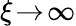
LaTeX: \xi\! \to\! \infty